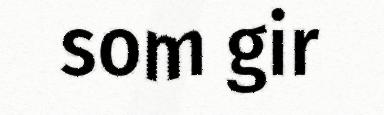
som gir